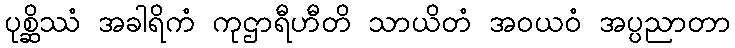
ပုစ္ဆိဿံ အခါရိကံ ကုဌာရီဟီတိ သာယိတံ အဝယဝံ အပ္ပညာတာ